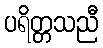
ပရိတ္တသညီ